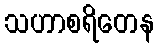
သဟာစရိတေန